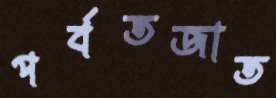
পর্বতজাত